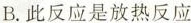
B. 此反应是放热反应